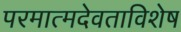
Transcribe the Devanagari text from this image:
परमात्मदेवताविशेष